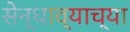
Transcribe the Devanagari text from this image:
सेन्धाव्याच्या